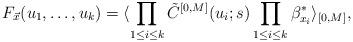
LaTeX: \begin{align*}F_{\vec{x}}(u_{1}, \ldots , u_{k})=\langle \prod_{1\le i \le k}\tilde{C}^{[0, M]}(u_{i}; s) \prod_{1\le i \le k}\beta_{x_{i}}^{*} \rangle_{[0, M]}, \end{align*}